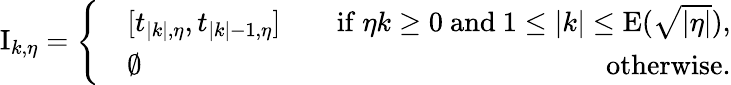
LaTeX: \begin{array}{r}{\mathrm{I}_{k,\eta}=\left\{ \begin{array}{rlr}&{[t_{|k|,\eta},t_{|k|-1,\eta}]\quad}&{\mathrm{if}\ \eta k\geq 0\ \mathrm{and~}1\leq|k|\leq\mathrm{E}(\sqrt{|\eta|}),}\\ &{\emptyset\quad}&{\mathrm{otherwise}.}\end{array}\right.}\end{array}